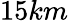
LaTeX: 15km